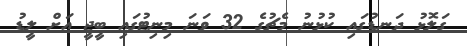
ގަލޮޅު ދަނޑުގައި ކުޅުނު މެޗުގެ 32 ވަނަ މިނިޓުގައި ބީޖީ އަށް ލީޑު